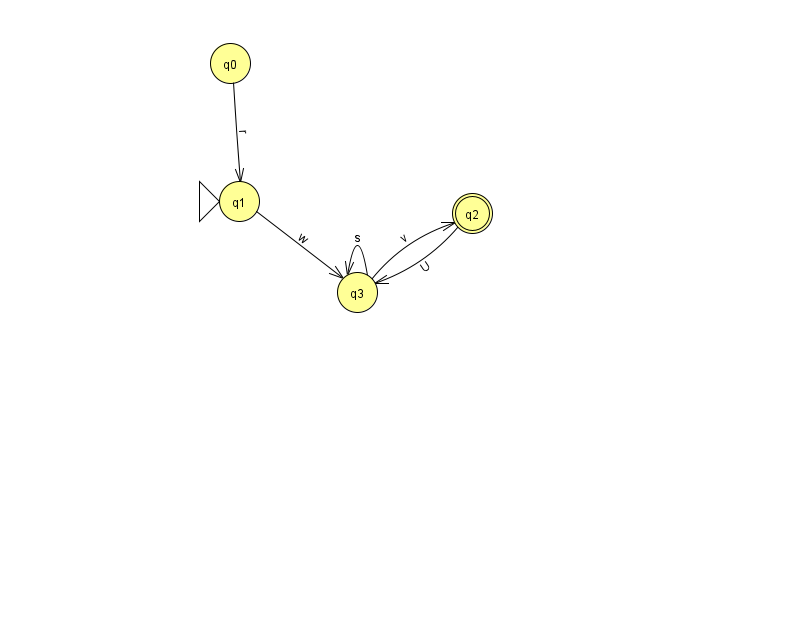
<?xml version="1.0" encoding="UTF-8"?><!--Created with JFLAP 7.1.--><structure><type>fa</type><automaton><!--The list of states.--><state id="0" name="q0"><x>230.0</x><y>50.0</y></state><state id="1" name="q1"><x>239.0</x><y>188.0</y><initial/></state><state id="2" name="q2"><x>472.0</x><y>200.0</y><final/></state><state id="3" name="q3"><x>357.0</x><y>279.0</y></state><!--The list of transitions.--><transition><from>3</from><to>3</to><read>s</read></transition><transition><from>3</from><to>2</to><read>v</read></transition><transition><from>2</from><to>3</to><read>U</read></transition><transition><from>0</from><to>1</to><read>r</read></transition><transition><from>1</from><to>3</to><read>w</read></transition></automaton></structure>